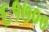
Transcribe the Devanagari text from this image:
६१७००